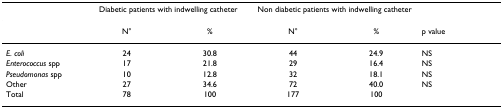
|  | <COLSPAN=2> Diabetic patients with indwelling catheter | <COLSPAN=2> Non diabetic patients with indwelling catheter |  |
 | --- | --- | --- | --- | --- | --- |
 |  | N° | % | N° | % | p value |
 | E. coli | 24 | 30.8 | 44 | 24.9 | NS |
 | Enterococcus spp | 17 | 21.8 | 29 | 16.4 | NS |
 | Pseudomonas spp | 10 | 12.8 | 32 | 18.1 | NS |
 | Other | 27 | 34.6 | 72 | 40.0 | NS |
 | Total | 78 | 100 | 177 | 100 |  |